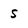
Character: s